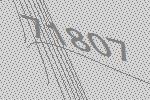
71807